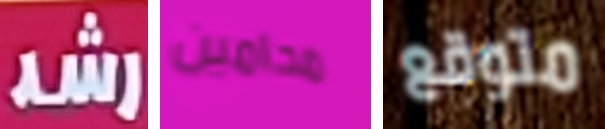
رشد محامين متوقع